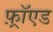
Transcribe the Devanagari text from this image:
फ़्रॉएड